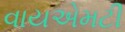
વાયએમટી